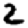
Digit: 2